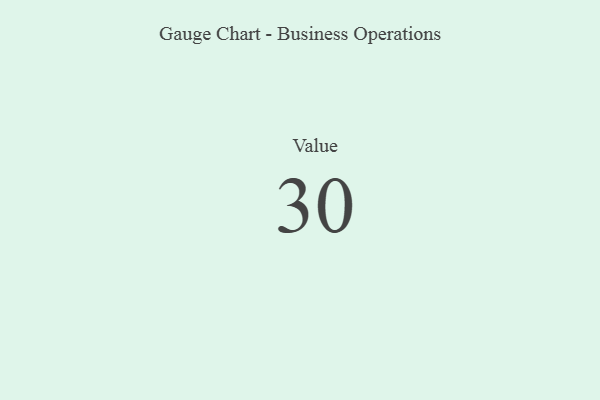
{"axis": {"x": "Metric", "y": "Value"}, "legend": [""], "data": [{"x": "Value", "y": 30, "type": ""}]}